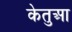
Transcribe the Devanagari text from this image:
केतुआ